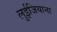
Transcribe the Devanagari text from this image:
लुईजियाना